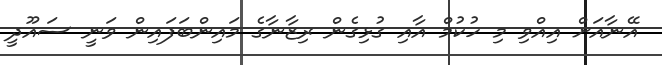
އޭނާއަށް އިއްވި މި ހުކުމް އާއި ގުޅިގެން ރިޒާނާގެ މައިންބަފައިން ވަނީ ސައޫދީ